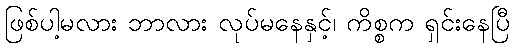
ဖြစ်ပါ့မလား ဘာလား လုပ်မနေနှင့်၊ ကိစ္စက ရှင်းနေပြီ